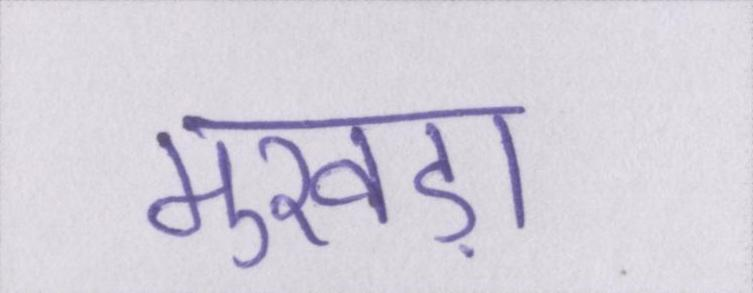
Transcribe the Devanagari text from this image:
मुखड़ा